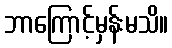
ဘာကြောင့်မှန်းမသိ။